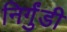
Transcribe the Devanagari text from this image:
निर्गुंडी